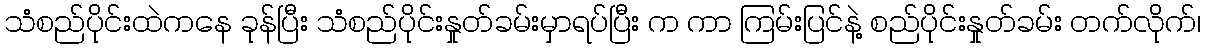
သံစည်ပိုင်းထဲကနေ ခုန်ပြီး သံစည်ပိုင်းနှုတ်ခမ်းမှာရပ်ပြီး က ကာ ကြမ်းပြင်နဲ့ စည်ပိုင်းနှုတ်ခမ်း တက်လိုက်၊